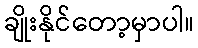
ချိုးနိုင်တော့မှာပါ။